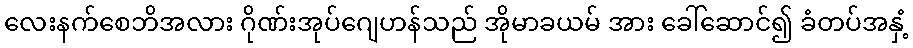
လေးနက်စေဘိအလား ဂိုဏ်းအုပ်ဂျေဟန်သည် အိုမာခယမ် အား ခေါ်ဆောင်၍ ခံတပ်အနှံ့